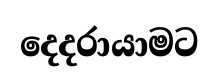
දෙදරායාමට